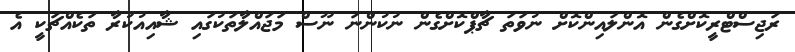
ރަޖިސްޓްރީކޮށްގެން އޮންލައިންކޮށް ނުވަތަ ޗާޕްކޮށްގެން ނުކުންނަ ނޫސް މަޖައްލާތަކުގައި ޝާއިއުކުރާ ތަކެއްޗަކީ އެ